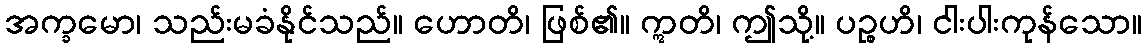
အက္ခမော၊ သည်းမခံနိုင်သည်။ ဟောတိ၊ ဖြစ်၏။ ဣတိ၊ ဤသို့။ ပဉ္စဟိ၊ ငါးပါးကုန်သော။